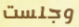
وجلست